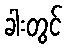
ခါးတွင်